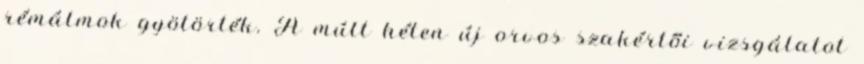
rémálmok gyötörték. A múlt héten új orvos szakértői vizsgálatot